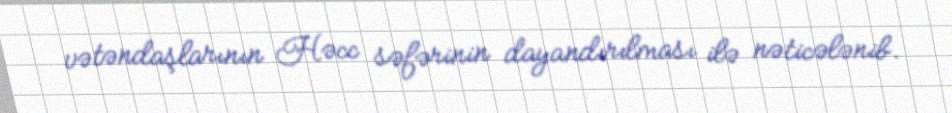
vətəndaşlarının Həcc səfərinin dayandırılması ilə nəticələnib.